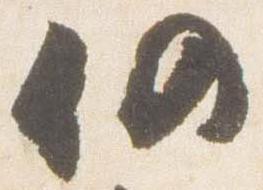
仍